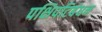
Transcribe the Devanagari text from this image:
पक्षिपटिबंधन